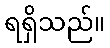
ရရှိသည်။